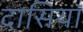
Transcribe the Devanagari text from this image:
दासियॉ